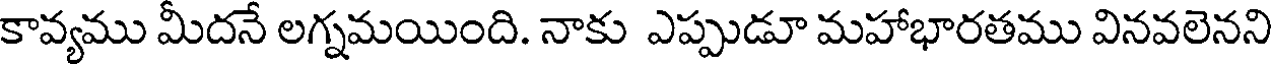
కావ్యము మీదనే లగ్నమయింది. నాకు ఎప్పుడూ మహాభారతము వినవలెనని